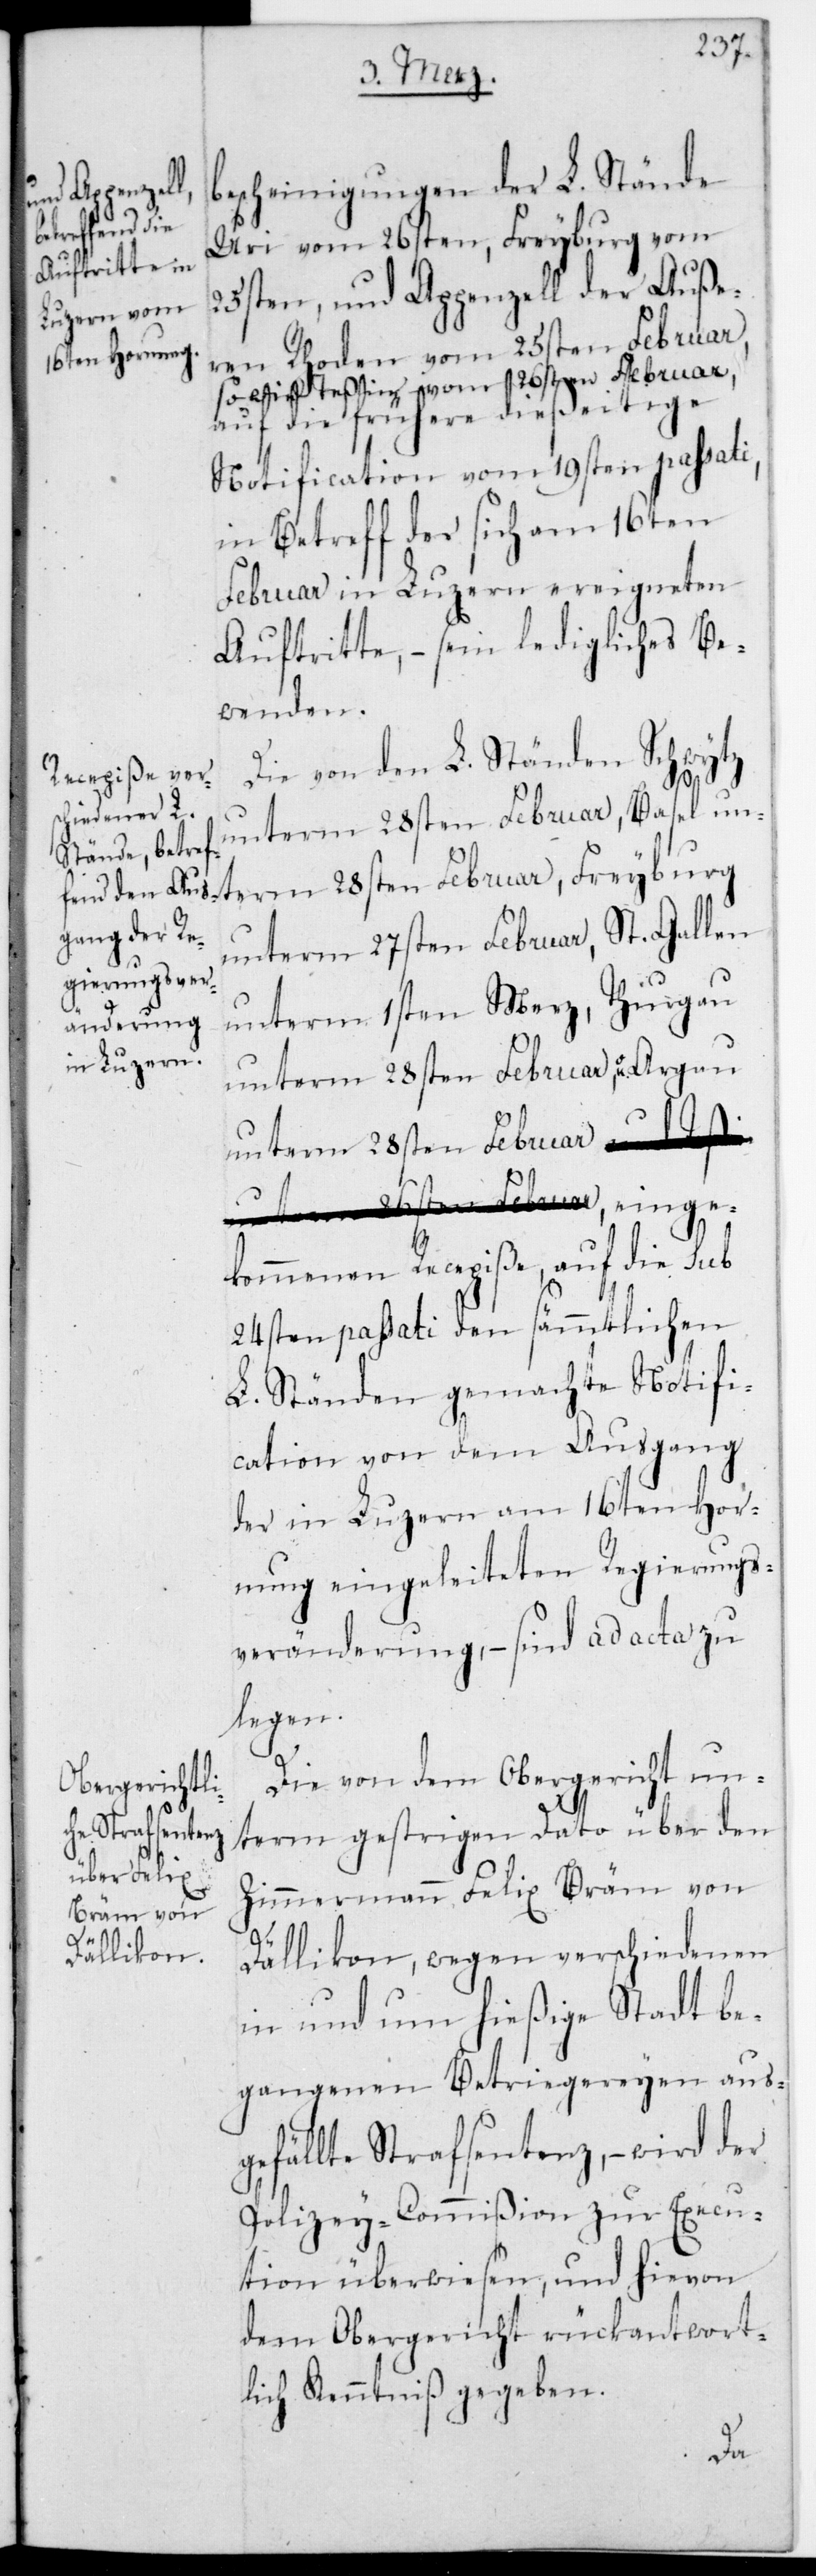
bescheinigungen der L. Stände
Uri vom 26sten, Freyburg vom
25sten, und Appenzell der Auße¬
ren Rhoden vom 25sten Februar,
sowie Teßin vom 26sten Februar,
auf die frühere dießeitige
Notification vom 19ten passati
in Betreff der sich am 16ten
Februar in Luzern ereigneten
Auftritte, – sein ledigliches Be¬
wenden.
Die von den L. Ständen Schw¬
ytz
unterm 28sten Februar, Basel u¬
unterm 27sten Februar, St. Gallen
unterm 1sten Merz, Thurgau
unterm 28sten Februar, Argau
unterm 28sten Februar, einge¬
kommenen Recepiße auf die sub
24sten passati den sämmtlichen
L. Ständen gemachte Notifi¬
cation von dem Ausgang
der in Luzern am 16ten Hor¬
nung eingeleiteten Regierungs¬
veränderung, – sind ad acta zu
legen.
Die von dem Obergericht un¬
term gestrigen Dato über den
Zimmermann Felix Bräm von
Dällikon, wegen verschiedenen
in und um hießige Stadt be¬
gangenen Betriegereien aus¬
gefällte Strafsentenz, – wird der
Polizey-Commißion zur Execu¬
tion überwiesen, und hievon
dem Obergericht rückantwort¬
lich Kenntniß gegeben.